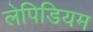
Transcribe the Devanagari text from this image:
लेपिडियम